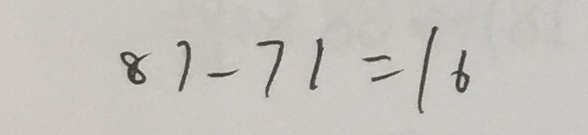
8 7 - 7 1 = 1 6